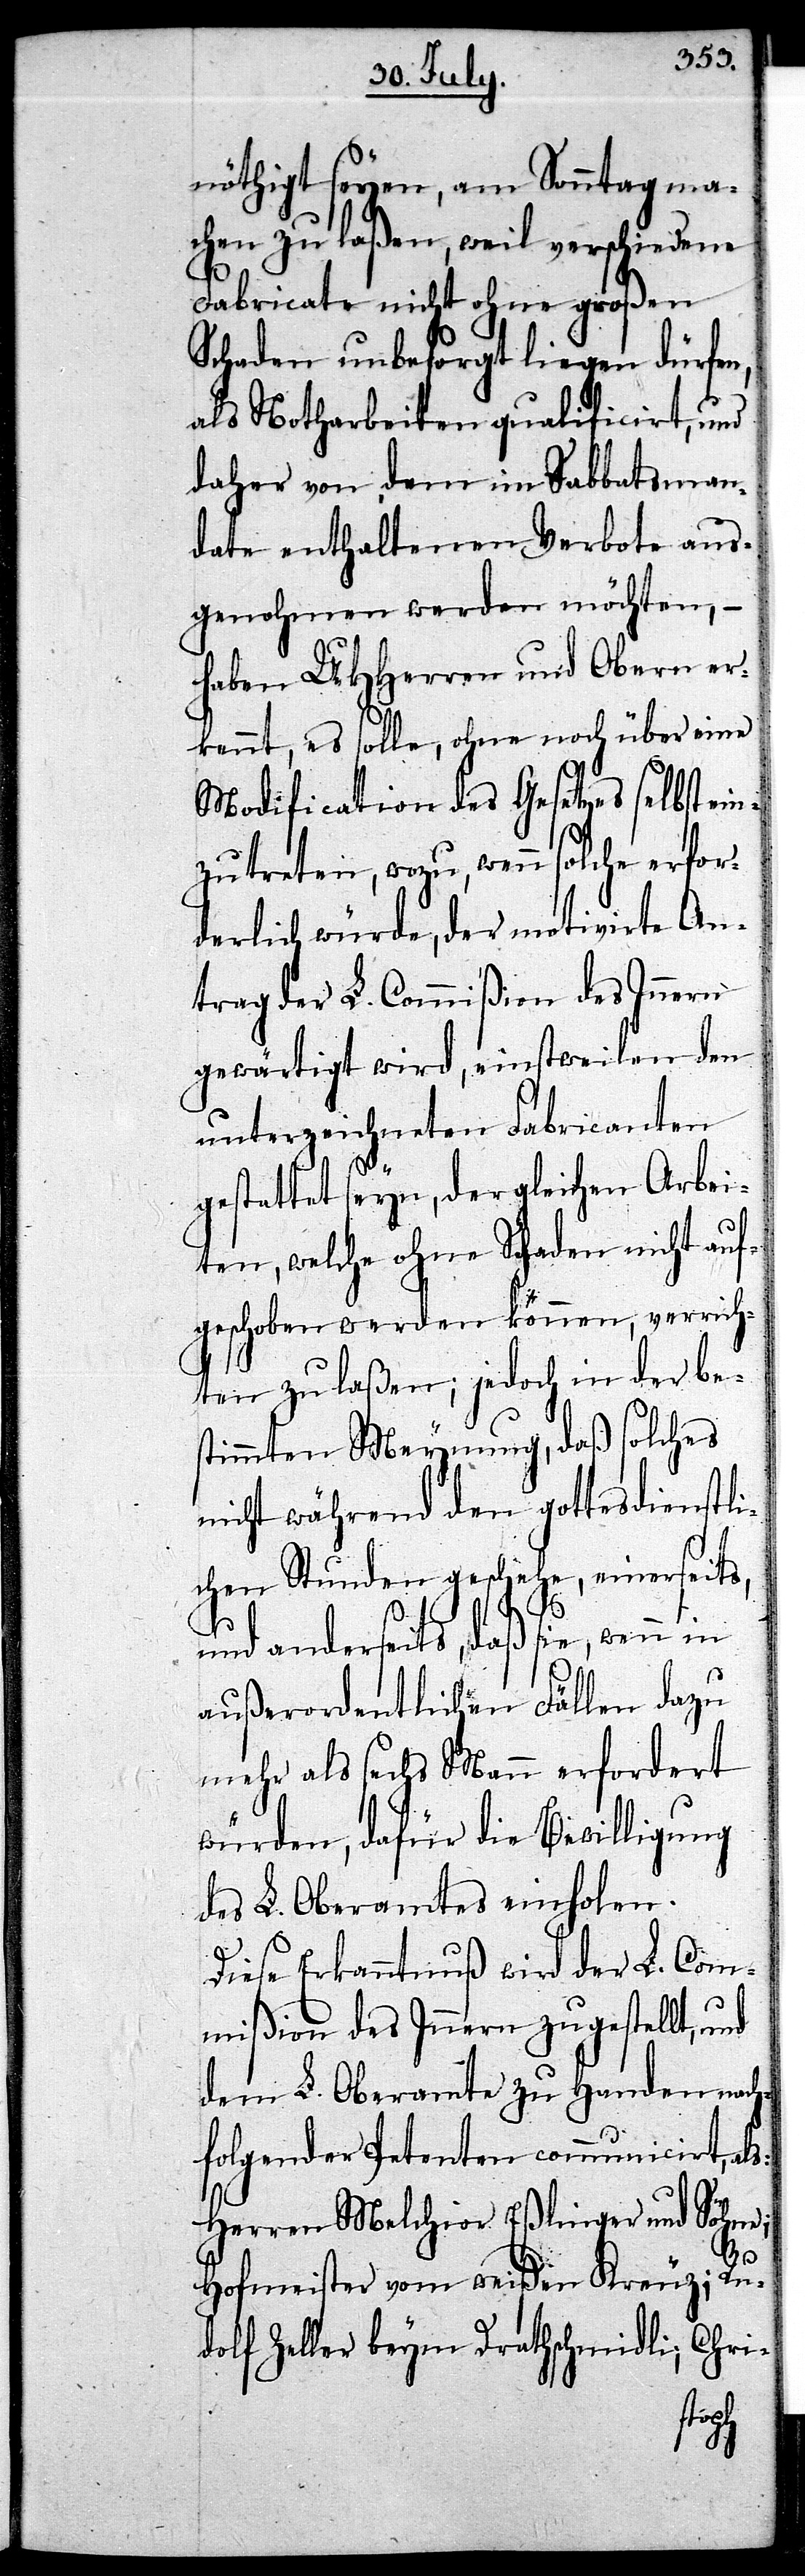
nöthigt seyen, am Sonntag ma¬
chen zu laßen, weil verschiedene
Fabricate nicht ohne großen
Schaden unbesorgt liegen dürfen,
als Notharbeiten qualificirt, und
daher von dem Sabbatsman¬
date enthaltenen Verbote aus¬
genohmen werden möchten –
haben UHHerren und Obern er¬
kennt, es solle, ohne noch über ein
Modification des Gesetzes selbst
zutreten, wozu, wenn solche erfor¬
derlich würde, der motivirte An¬
trag der L. Commißion des Innern
gewärtigt wird, einstweilen den
unterzeichneten Fabricanten
gestattet seyn, der gleichen Arbei¬
ten, welche ohne Schaden nicht auf¬
geschoben werden können, verrich¬
ten zu laßen; jedoch in der be¬
stimmten Meynung, daß solches
nicht während den gottesdienstli¬
chen Stunden geschehe, einerseits,
und anderseits, daß sie, wenn in
außerordentlichen Fällen dazu
mehr als sechs Mann erfordert
würden, dafür die Bewilligung
des L. Oberamtes einholen.
Diese Erkanntnuß wird der L. Com¬
mißion des Innern zugestellt, und
dem L. Oberamte zu Handen nach¬
folgender Petenten communicirt, als:
Herren Melchior Eßlinger und Söhne;
Hofmeister vom weißen Kreuzi; Ru¬
dolf Zeller beym Drathschmidli; Chri-
ein¬